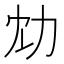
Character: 𠠹